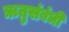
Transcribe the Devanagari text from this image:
ऋतुसंबंधी